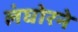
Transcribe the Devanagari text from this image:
लंघोरने